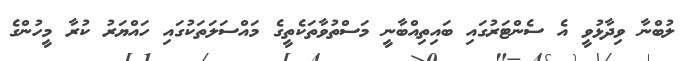
ލުބްނާ ވިދާޅުވީ އެ ސެންޓަރުގައި ބައިތިއްބާނީ މަސްތުވާތަކެތީގެ މައްސަލަތަކުގައި ހައްޔަރު ކުރާ މީހުންގެ